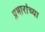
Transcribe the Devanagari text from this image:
प्रभारांच्या